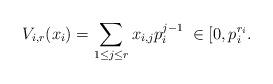
LaTeX: \begin{align*} V_{i,r}(x_i)= \sum_{1 \leq j \leq r} x_{i,j} p_i^{j-1} \; \in [0,p_i^{r_i}.\end{align*}